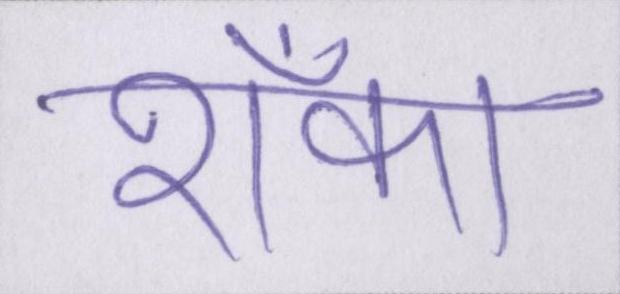
शँका